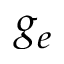
g _ { e }